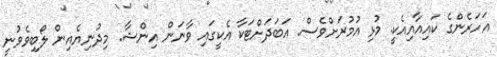
އަހަރެންގެ ކައިއާއިއެކީ. މުޅި އުމުރަށްވެސް. އަބަދަށްޓަކާ އެކީގައި ވާނަން އިންޝާ. މިދުނިޔެއިން ލޯބިވެވުނީ